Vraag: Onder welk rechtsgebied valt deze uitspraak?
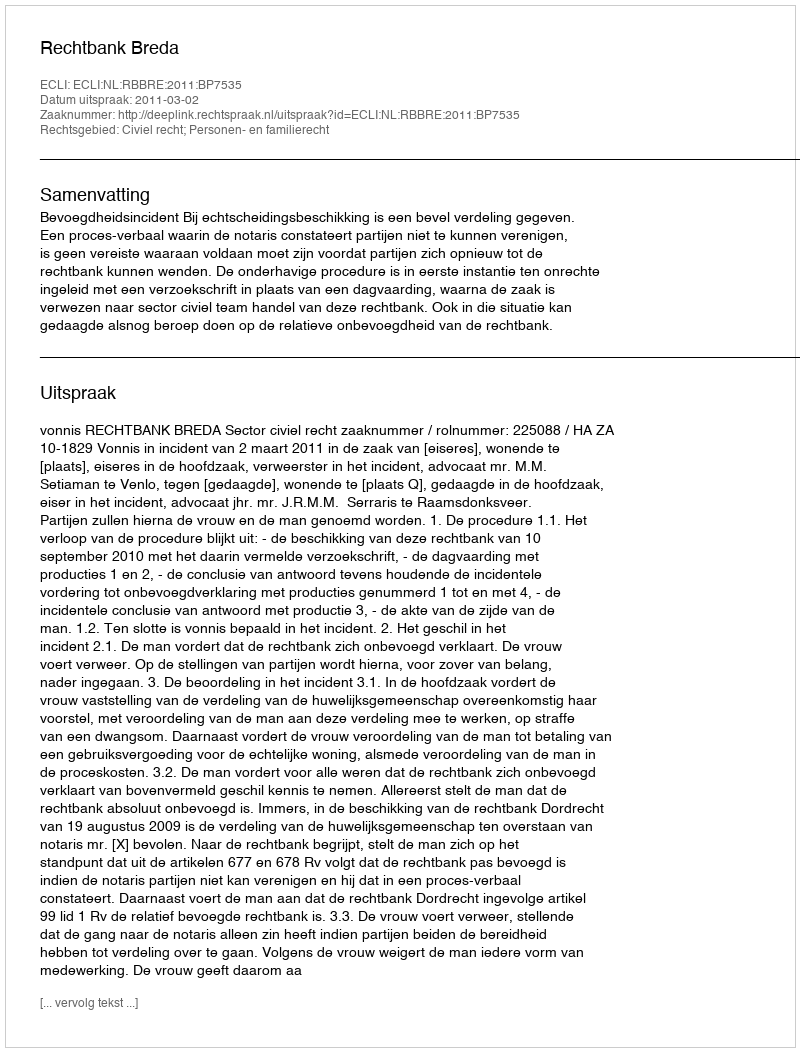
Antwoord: Civiel recht; Personen- en familierecht